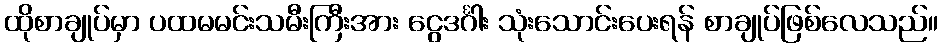
ထိုစာချုပ်မှာ ပထမမင်းသမီးကြီးအား ငွေဒင်္ဂါး သုံးသောင်းပေးရန် စာချုပ်ဖြစ်လေသည်။